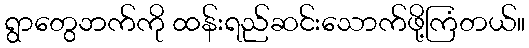
ရွာတွေဘက်ကို ထန်းရည်ဆင်းသောက်ဖို့ကြံတယ်။